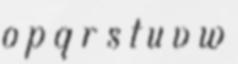
o p q r s t u v w